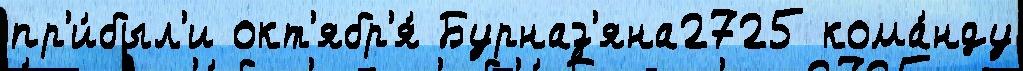
пр'и́был'и окт'ябр'я́ Бурназ'яна2725 кома́нду